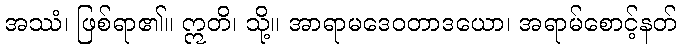
အဿံ၊ ဖြစ်ရာ၏။ ဣတိ၊ သို့။ အာရာမဒေဝတာဒယော၊ အရာမ်စောင့်နတ်